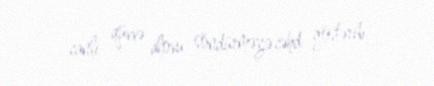
canlı qüvvə alovu söndürməyə cəhd göstərib.